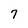
Character: 7